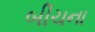
બીચના